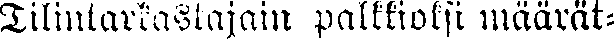
Tilintarkastajain palkkioksi määrät-